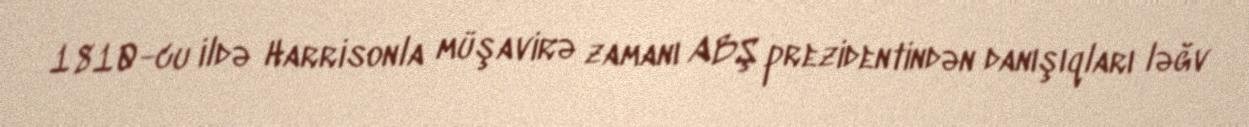
1810-cu ildə Harrisonla müşavirə zamanı ABŞ prezidentindən danışıqları ləğv